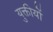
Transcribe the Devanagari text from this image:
युक्तीयों